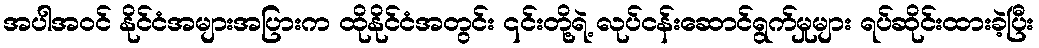
အပါအဝင် နိုင်ငံအများအပြားက ထိုနိုင်ငံအတွင်း ၎င်းတို့ရဲ့ လုပ်ငန်းဆောင်ရွက်မှုများ ရပ်ဆိုင်းထားခဲ့ပြီး